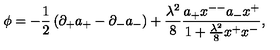
\phi = - { \frac { 1 } { 2 } } \left( \partial _ { + } a _ { + } - \partial _ { - } a _ { - } \right) + { \frac { \lambda ^ { 2 } } { 8 } } { \frac { a _ { + } x ^ { -- } a _ { - } x ^ { + } } { 1 + { \frac { \lambda ^ { 2 } } { 8 } } x ^ { + } x ^ { - } } } ,